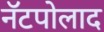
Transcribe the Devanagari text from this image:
नॅटपोलाद